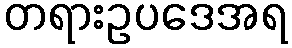
တရားဥပဒေအရ